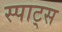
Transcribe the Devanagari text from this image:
स्पाट्स